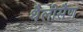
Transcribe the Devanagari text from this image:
थैलीसैंण